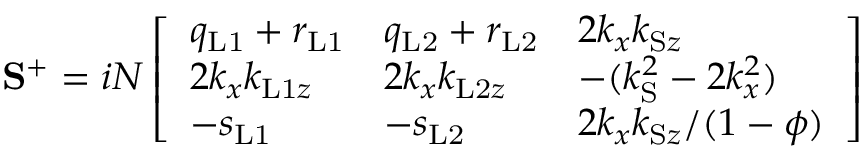
\mathbf { S } ^ { + } = i N \left[ \begin{array} { l l l } { q _ { \mathrm { L 1 } } + r _ { \mathrm { L 1 } } } & { q _ { \mathrm { L 2 } } + r _ { \mathrm { L 2 } } } & { 2 k _ { x } k _ { \mathrm { S } z } } \\ { 2 k _ { x } k _ { \mathrm { L 1 } z } } & { 2 k _ { x } k _ { \mathrm { L 2 } z } } & { - ( k _ { \mathrm { S } } ^ { 2 } - 2 k _ { x } ^ { 2 } ) } \\ { - s _ { \mathrm { L 1 } } } & { - s _ { \mathrm { L 2 } } } & { 2 k _ { x } k _ { \mathrm { S } z } / ( 1 - \phi ) } \end{array} \right]